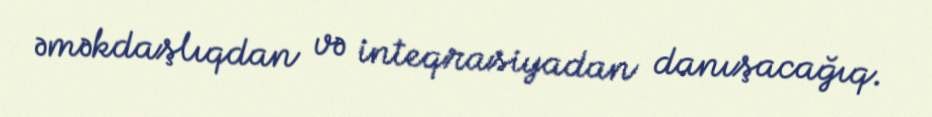
əməkdaşlıqdan və inteqrasiyadan danışacağıq.